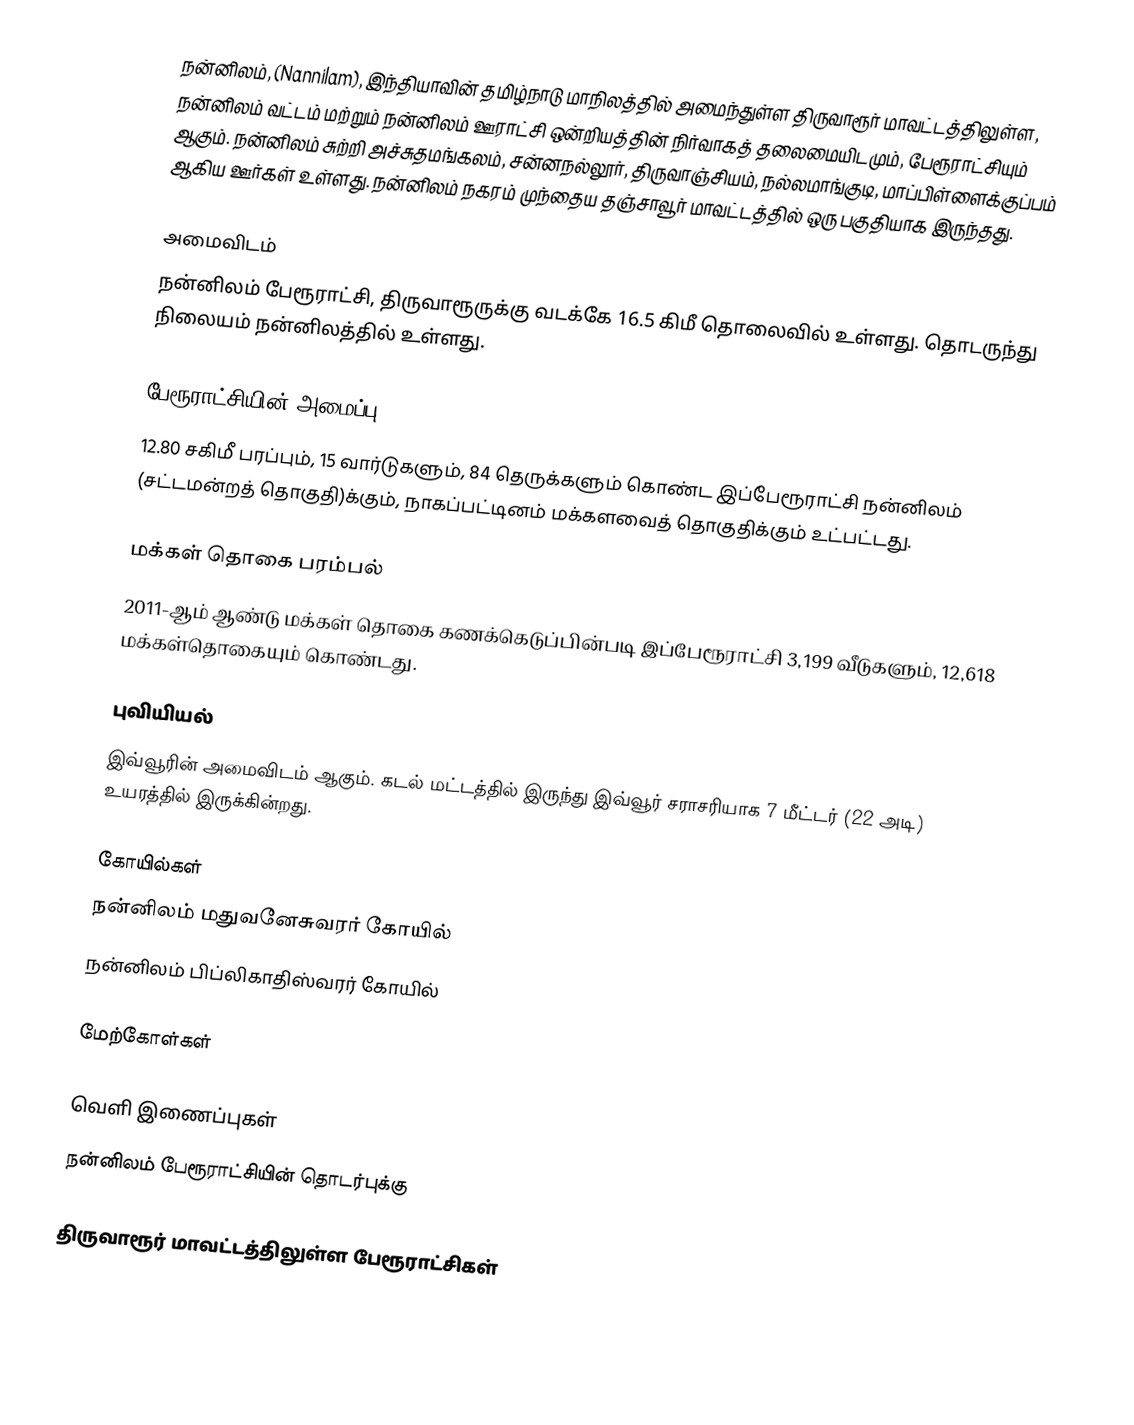
நன்னிலம், (Nannilam), இந்தியாவின் தமிழ்நாடு மாநிலத்தில் அமைந்துள்ள திருவாரூர் மாவட்டத்திலுள்ள, நன்னிலம் வட்டம் மற்றும் நன்னிலம் ஊராட்சி ஒன்றியத்தின்  நிர்வாகத் தலைமையிடமும், பேரூராட்சியும்  ஆகும். நன்னிலம் சுற்றி அச்சுதமங்கலம், சன்னநல்லூர், திருவாஞ்சியம், நல்லமாங்குடி, மாப்பிள்ளைக்குப்பம் ஆகிய ஊர்கள் உள்ளது. நன்னிலம் நகரம் முந்தைய தஞ்சாவூர் மாவட்டத்தில் ஒரு பகுதியாக இருந்தது.

அமைவிடம்
நன்னிலம்  பேரூராட்சி, திருவாரூருக்கு வடக்கே 16.5  கிமீ தொலைவில் உள்ளது.  தொடருந்து நிலையம்  நன்னிலத்தில் உள்ளது.

பேரூராட்சியின் அமைப்பு
12.80   சகிமீ பரப்பும், 15 வார்டுகளும், 84  தெருக்களும்  கொண்ட இப்பேரூராட்சி  நன்னிலம் (சட்டமன்றத் தொகுதி)க்கும், நாகப்பட்டினம் மக்களவைத் தொகுதிக்கும் உட்பட்டது.

மக்கள் தொகை பரம்பல்
2011-ஆம் ஆண்டு மக்கள் தொகை கணக்கெடுப்பின்படி  இப்பேரூராட்சி  3,199 வீடுகளும், 12,618 மக்கள்தொகையும் கொண்டது.

புவியியல்
இவ்வூரின் அமைவிடம்  ஆகும். கடல் மட்டத்தில் இருந்து இவ்வூர் சராசரியாக 7 மீட்டர் (22 அடி) உயரத்தில் இருக்கின்றது.

கோயில்கள்
 நன்னிலம் மதுவனேசுவரர் கோயில்
 நன்னிலம் பிப்லிகாதிஸ்வரர் கோயில்

மேற்கோள்கள்

வெளி இணைப்புகள்
 நன்னிலம் பேரூராட்சியின் தொடர்புக்கு

திருவாரூர் மாவட்டத்திலுள்ள பேரூராட்சிகள்